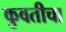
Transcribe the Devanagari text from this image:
कुवतीचा